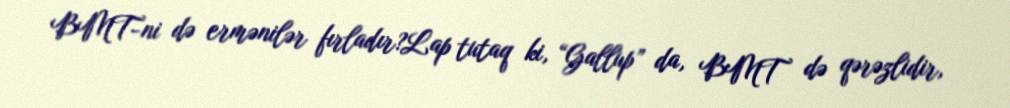
BMT-ni də ermənilər fırladır?Lap tutaq ki, “Gallup” da, BMT də qərəzlidir,